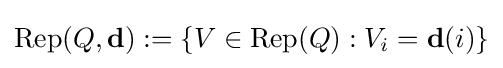
\operatorname {Rep} (Q,\mathbf {d} ):=\{V\in \operatorname {Rep} (Q):V_{i}=\mathbf {d} (i)\}